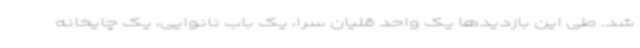
شد. طی این بازدیدها یک واحد قلیان سرا، یک باب نانوایی، یک چایخانه